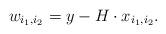
LaTeX: \begin{align*}w_{i_1,i_2} = y_{} - H \cdot x_{i_1,i_2}.\end{align*}